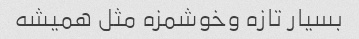
بسیار تازه و‌خوشمزه مثل همیشه